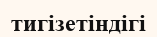
тигізетіндігі